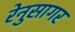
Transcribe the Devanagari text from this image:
रेनुसागर